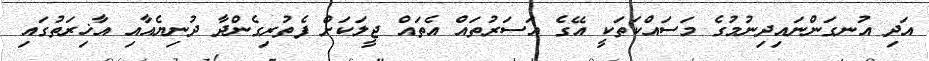
އަދި އުނގަންނައިދިނުމުގެ މަސައްކަތަކީ އޭގެ އަސަރުތައް އެތައް ޖީލަކަށް ފެތުރިގެންދާ ދުނިޔެއާއި އާޚިރަތުގައި